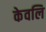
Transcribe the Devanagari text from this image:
केवलि